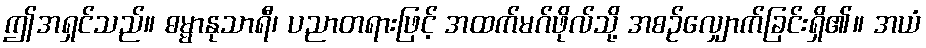
ဤအရှင်သည်။ ဓမ္မာနုသာရီ၊ ပညာတရားဖြင့် အထက်မဂ်ဖိုလ်သို့ အစဉ်လျှောက်ခြင်းရှိ၏။ အယံ